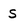
Character: S